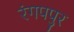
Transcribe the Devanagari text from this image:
रंगपपुर